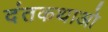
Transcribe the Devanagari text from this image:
दंतकथाओ